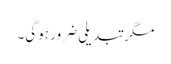
مگر تبدیلی ضرور ہوگی۔